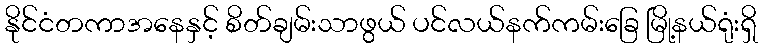
နိုင်ငံတကာအနေနှင့် စိတ်ချမ်းသာဖွယ် ပင်လယ်နက်ကမ်းခြေ မြို့နယ်ရုံးရှိ